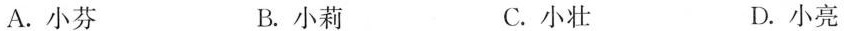
A.小芬 B.小莉 C.小壮 D.小亮